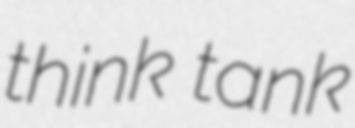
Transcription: think tank